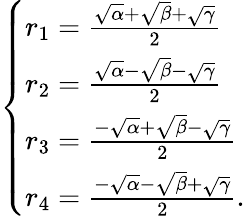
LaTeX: \left\{ {\begin{array}{l}{r_{1}={\frac{{\sqrt{\alpha}}+{\sqrt{\beta}}+{\sqrt{\gamma}}}{2}}}\\ {r_{2}={\frac{{\sqrt{\alpha}}-{\sqrt{\beta}}-{\sqrt{\gamma}}}{2}}}\\ {r_{3}={\frac{-{\sqrt{\alpha}}+{\sqrt{\beta}}-{\sqrt{\gamma}}}{2}}}\\ {r_{4}={\frac{-{\sqrt{\alpha}}-{\sqrt{\beta}}+{\sqrt{\gamma}}}{2}}{\mathrm{.}}}\end{array}}\right.